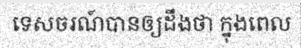
ទេសចរណ៍បានឲ្យដឹងថា ក្នុងពេល